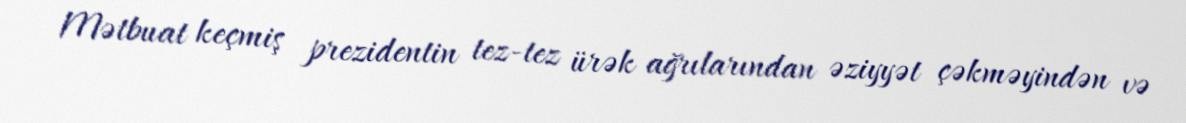
Mətbuat keçmiş prezidentin tez-tez ürək ağrılarından əziyyət çəkməyindən və